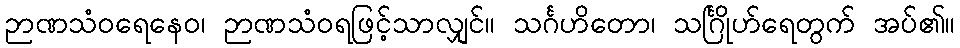
ဉာဏသံဝရေနေဝ၊ ဉာဏသံဝရဖြင့်သာလျှင်။ သင်္ဂဟိတော၊ သင်္ဂြိုဟ်ရေတွက် အပ်၏။